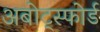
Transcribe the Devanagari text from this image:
अबोट्स्फोर्ड